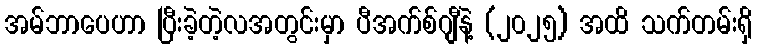
အမ်ဘာပေဟာ ပြီးခဲ့တဲ့လအတွင်းမှာ ပီအက်စ်ဂျီနဲ့ (၂၀၂၅) အထိ သက်တမ်းရှိ